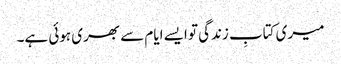
میری کتابِ زندگی تو ایسے ایام سے بھری ہوئی ہے۔